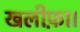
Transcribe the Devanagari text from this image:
खलीफ़ा।